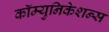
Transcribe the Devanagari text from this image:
कॉम्युनिकेशन्स